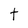
Character: t